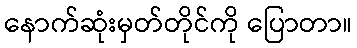
နောက်ဆုံးမှတ်တိုင်ကို ပြောတာ။